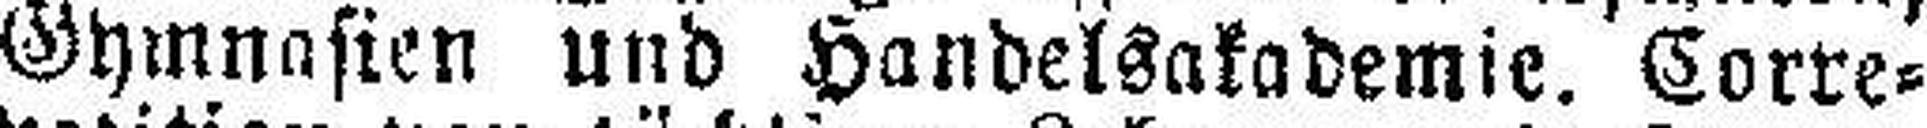
Gymnasien und Handelsakademie. Corre¬